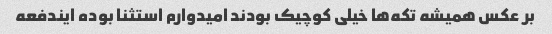
بر عکس همیشه تکه‌ها خیلی کوچیک بودند امیدوارم استثنا بوده ایندفعه